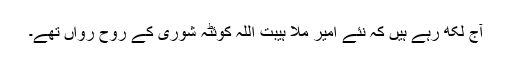
آج لکھ رہے ہیں کہ نئے امیر ملا ہیبت اللہ کوئٹہ شوریٰ کے روح رواں تھے۔